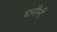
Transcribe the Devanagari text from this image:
घनौनी